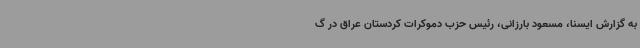
به گزارش ایسنا، مسعود بارزانی، رئیس حزب دموکرات کردستان عراق در گ